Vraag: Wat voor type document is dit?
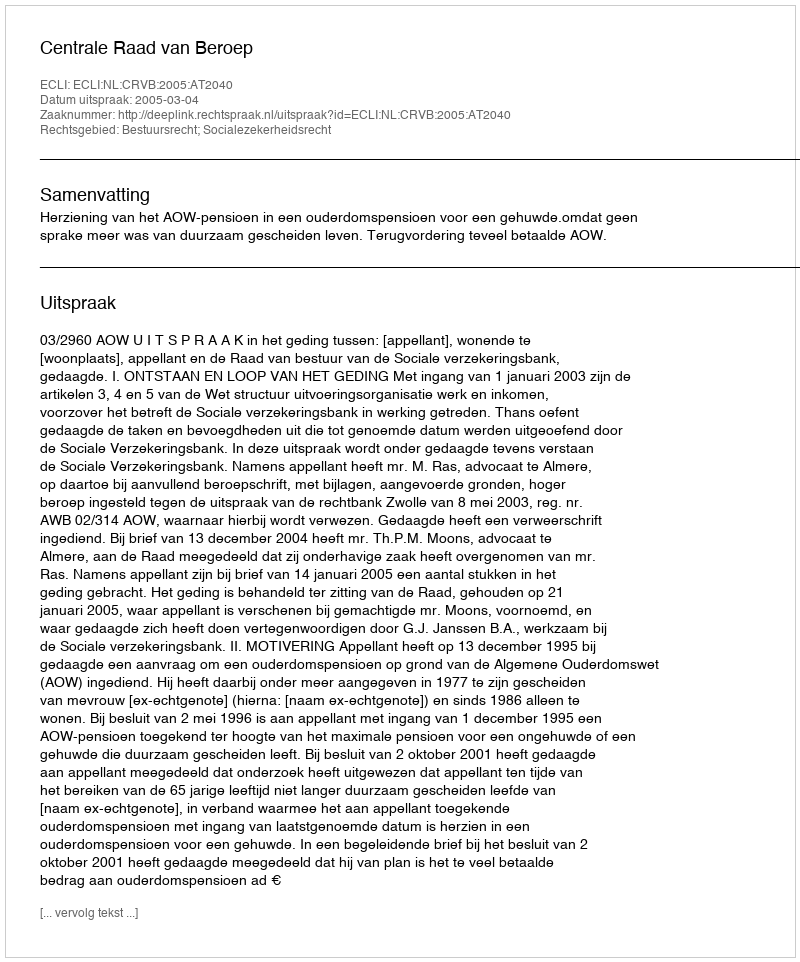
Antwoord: Uitspraak